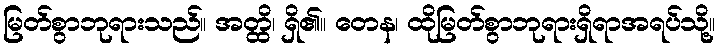
မြတ်စွာဘုရားသည်။ အတ္ထိ၊ ရှိ၏။ တေန၊ ထိုမြတ်စွာဘုရားရှိရာအရပ်သို့။